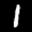
Label: 1